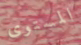
المستوى